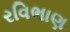
રવિભાણ